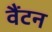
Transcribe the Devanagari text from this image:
वैंटन